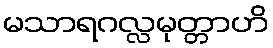
မသာရဂလ္လမုတ္တာဟိ